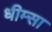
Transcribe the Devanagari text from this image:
धीम्सा